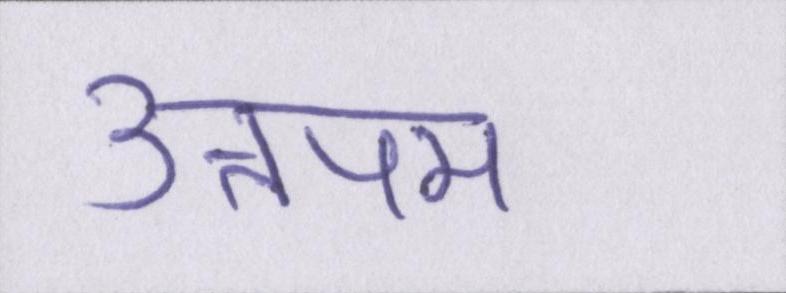
उत्तपम